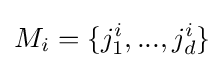
M_{i}=\{j_{1}^{i},...,j_{d}^{i}\}